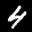
Label: 4